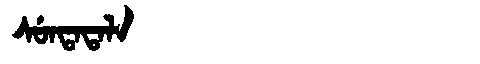
Manchu: ᠰᡠᠨᡨᠠᡨᠠᠯᠠ
Romanization: SUNTATALA